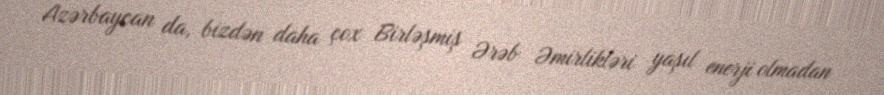
Azərbaycan da, bizdən daha çox Birləşmiş Ərəb Əmirlikləri yaşıl enerji olmadan